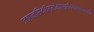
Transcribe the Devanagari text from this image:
ज्ञानसिद्धिर्मोक्षश्रीव्यार्घ्रचर्मणि